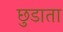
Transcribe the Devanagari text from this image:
छुडाता